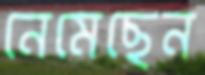
নেমেছেন